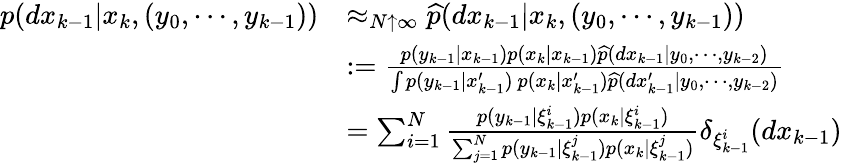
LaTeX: {\begin{array}{rl}{p(dx_{k-1}|x_{k},(y_{0},\cdots,y_{k-1}))}&{\approx_{N\uparrow\infty}{\widehat{p}}(dx_{k-1}|x_{k},(y_{0},\cdots,y_{k-1}))}\\ &{:={\frac{p(y_{k-1}|x_{k-1})p(x_{k}|x_{k-1}){\widehat{p}}(dx_{k-1}|y_{0},\cdots,y_{k-2})}{\int p(y_{k-1}|x_{k-1}^{\prime})~p(x_{k}|x_{k-1}^{\prime}){\widehat{p}}(dx_{k-1}^{\prime}|y_{0},\cdots,y_{k-2})}}}\\ &{=\sum_{i=1}^{N}{\frac{p(y_{k-1}|\xi_{k-1}^{i})p(x_{k}|\xi_{k-1}^{i})}{\sum_{j=1}^{N}p(y_{k-1}|\xi_{k-1}^{j})p(x_{k}|\xi_{k-1}^{j})}}\delta_{\xi_{k-1}^{i}}(dx_{k-1})}\end{array}}